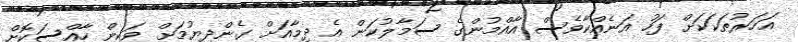
އަހަރުތަކަކަށް ފަހު އަނެއްކާވެސް އާއްމުންގެ ސަމާލުކަން އެ ދިމާއަށް ގެންދިޔުމަށް ވަކިން ހާއްސަކޮށް